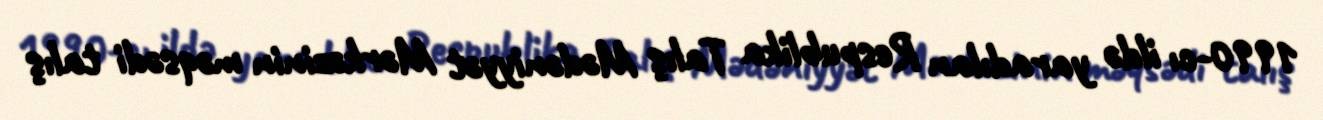
1990-cı ildə yaradılan Respublika Talış Mədəniyyət Mərkəzinin məqsədi talış